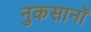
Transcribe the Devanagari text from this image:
नुकसानॉ